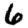
Digit: 6